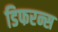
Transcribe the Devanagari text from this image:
डिफरन्स